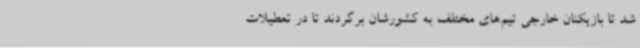
شد تا بازیکنان خارجی تیم‌های مختلف به کشورشان برگردند تا در تعطیلات